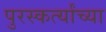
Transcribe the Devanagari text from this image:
पुरस्कर्त्यांच्या